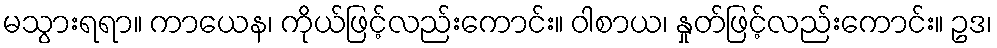
မသွားရရာ။ ကာယေန၊ ကိုယ်ဖြင့်လည်းကောင်း။ ဝါစာယ၊ နှုတ်ဖြင့်လည်းကောင်း။ ဥဒ၊